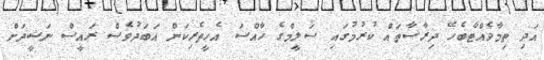
އަދި ތިމާވެއްޓާބެހޭ ދިރާސާތައް ކުރުމުގައި ސަލީމްގެ ހާއްސަ އެހީތެރިކަން އަބަދުވެސް ރައީސް ނަޝީދަށް